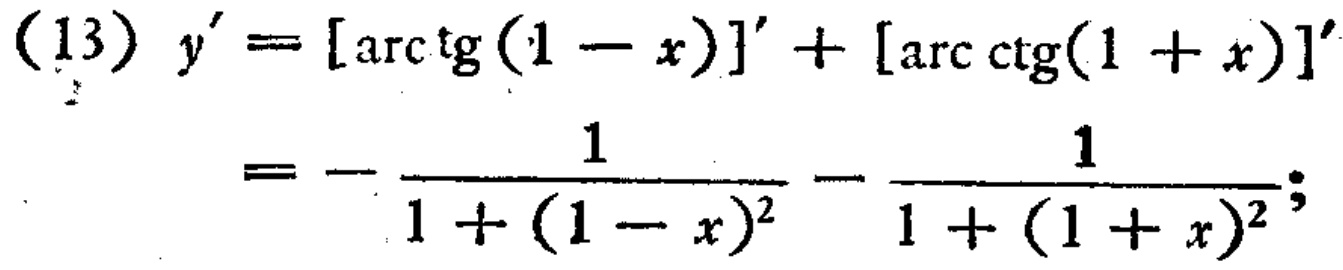
\[
\begin{align*}
(13)\ y'&=[\arctan(1 - x)]'+[\text{arccot}(1 + x)]'\\
&=-\frac{1}{1+(1 - x)^2}-\frac{1}{1+(1 + x)^2}
\end{align*}
\]